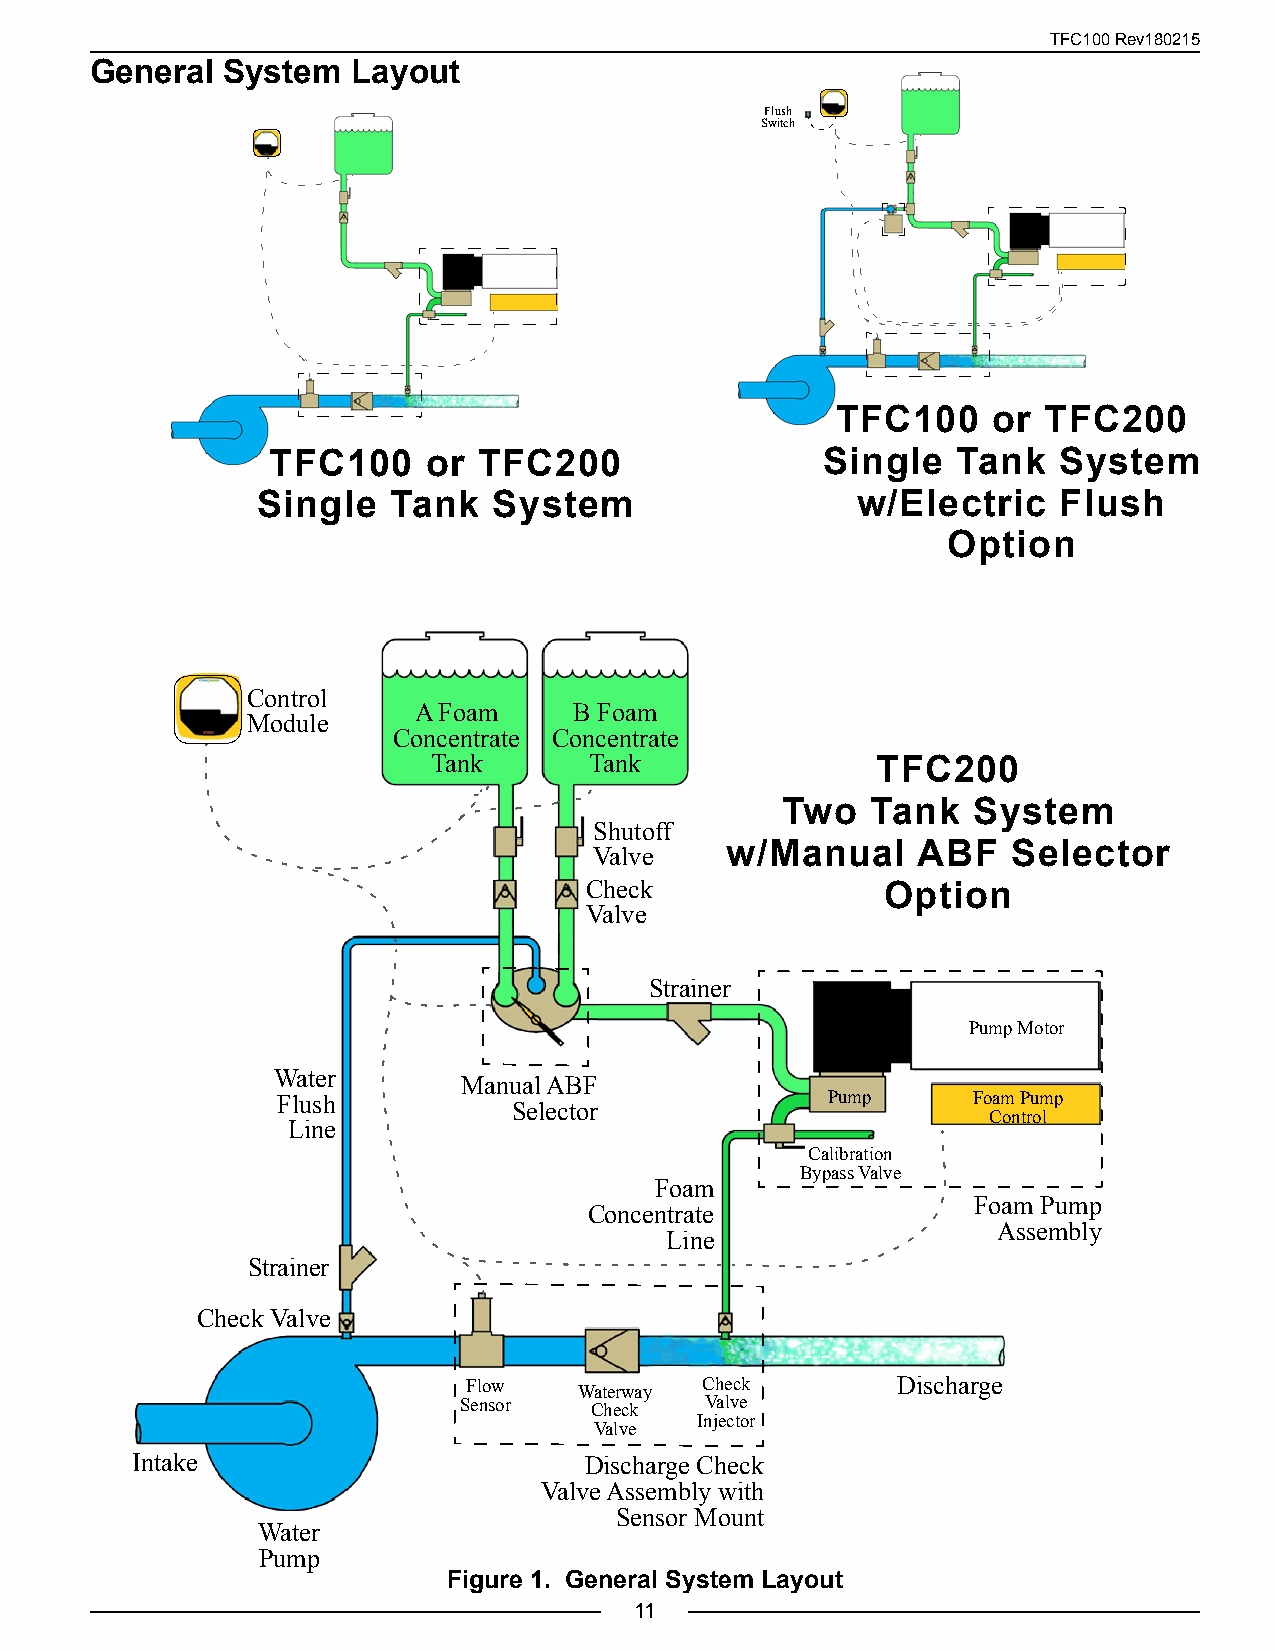
TFC100 Rev180215
 General  System  Layout
 Flush
 Switch
 TFC100     or TFC200
 TFC100    or  TFC200                Single   Tank   System
 Single   Tank   System                  w/Electric   Flush
 Option
 Control
 A Foam     B Foam
 Module
 Concentrate Concentrate
 Tank      Tank               TFC200
 Two   Tank  System
 Shutoff
 Valve    w/Manual     ABF   Selector
 Check               Option
 Valve
 Strainer
 Pump Motor
 Water
 Manual ABF
 Flush                                Pump     Foam Pump
 Selector
 Control
 Line
 Calibration
 Bypass Valve
 Foam
 Foam Pump
 Concentrate
 Assembly
 Line
 Strainer
 Check Valve
 Flow   Waterway Check       Discharge
 Sensor   Check   Valve
 Injector
 Valve
 Intake                        Discharge Check
 Valve Assembly with
 Sensor Mount
 Water
 Pump
 Figure 1. General System Layout
 11